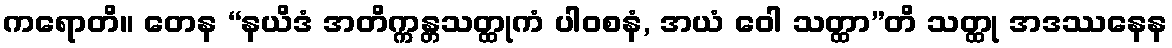
ကရောတိ။ တေန “နယိဒံ အတိက္ကန္တသတ္ထုကံ ပါဝစနံ, အယံ ဝေါ သတ္ထာ”တိ သတ္ထု အဒဿနေန